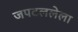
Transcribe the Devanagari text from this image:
जपटललेला